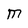
Character: M